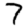
Digit: 7